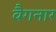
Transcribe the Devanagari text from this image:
वैगनार